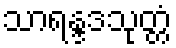
သာရန္ဒဒသုတ္တံ